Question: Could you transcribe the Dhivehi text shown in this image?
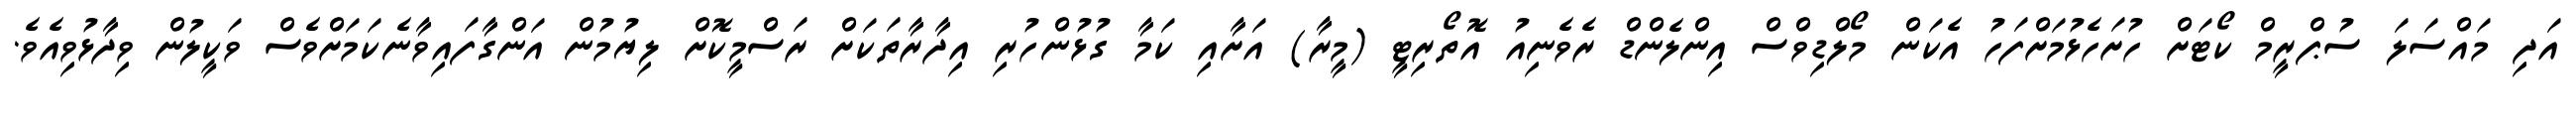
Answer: އަދި މައްސަލަ ސުޕްރީމް ކޯޓަށް ހުށަހެޅުމަށްފަހު އެކަން މޯލްޑިވްސް އިންލެންޑް ރެވެނިއު އޮތޯރިޓީ (މީރާ) އަށާއި ކަމާ ގުޅުންހުރި އިދާރާތަކަށް ރަސްމީކޮށް ލިޔުމުން އަންގާފައިވާނެކަމަށްވެސް ވަކީލުން ވިދާޅުވިއެވެ.